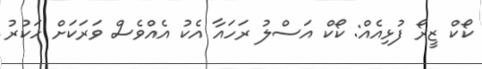
ކޯކް ޒީރޯ ފުޅިއެއް: ކޯކް އަސްލު ރަހައާ އެކު އެއްވެސް ވަރަކަށް ހަކުރު